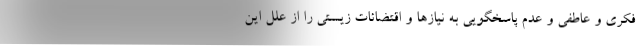
فکری و عاطفی و عدم پاسخگویی به نیازها و اقتضائات زیستی را از علل این